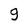
Character: g